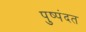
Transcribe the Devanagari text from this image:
पुष्पंदत